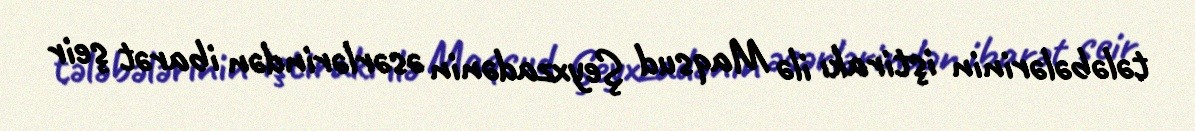
tələbələrinin iştirakı ilə Maqsud Şeyxzadənin əsərlərindən ibarət şeir